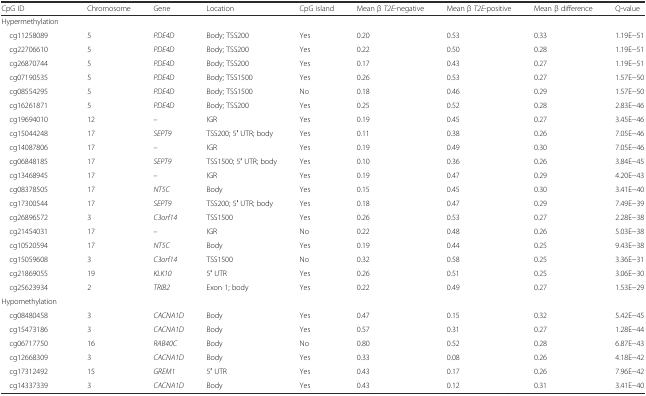
<table><thead><tr><td colspan="2"><b>CpG ID</b></td><td><b>Chromosome</b></td><td><b>Gene</b></td><td><b>Location</b></td><td><b>CpG island</b></td><td><b>Mean β <i>T2E</i>-negative</b></td><td><b>Mean β <i>T2E</i>-positive</b></td><td><b>Mean β difference</b></td><td><b>Q-value</b></td></tr></thead><tbody><tr><td colspan="10">Hypermethylation</td></tr><tr><td colspan="2"> cg11258089</td><td>5</td><td><i>PDE4D</i></td><td>Body; TSS200</td><td>Yes</td><td>0.20</td><td>0.53</td><td>0.33</td><td>1.19E−51</td></tr><tr><td colspan="2"> cg22706610</td><td>5</td><td><i>PDE4D</i></td><td>Body; TSS200</td><td>Yes</td><td>0.22</td><td>0.50</td><td>0.28</td><td>1.19E−51</td></tr><tr><td colspan="2"> cg26870744</td><td>5</td><td><i>PDE4D</i></td><td>Body; TSS200</td><td>Yes</td><td>0.17</td><td>0.43</td><td>0.27</td><td>1.19E−51</td></tr><tr><td colspan="2"> cg07190535</td><td>5</td><td><i>PDE4D</i></td><td>Body; TSS1500</td><td>Yes</td><td>0.26</td><td>0.53</td><td>0.27</td><td>1.57E−50</td></tr><tr><td colspan="2"> cg08554295</td><td>5</td><td><i>PDE4D</i></td><td>Body; TSS1500</td><td>No</td><td>0.18</td><td>0.46</td><td>0.29</td><td>1.57E−50</td></tr><tr><td colspan="2"> cg16261871</td><td>5</td><td><i>PDE4D</i></td><td>Body; TSS200</td><td>Yes</td><td>0.25</td><td>0.52</td><td>0.28</td><td>2.83E−46</td></tr><tr><td colspan="2"> cg19694010</td><td>12</td><td>–</td><td>IGR</td><td>Yes</td><td>0.19</td><td>0.45</td><td>0.27</td><td>3.45E−46</td></tr><tr><td colspan="2"> cg15044248</td><td>17</td><td><i>SEPT9</i></td><td>TSS200; 5′ UTR; body</td><td>Yes</td><td>0.11</td><td>0.38</td><td>0.26</td><td>7.05E−46</td></tr><tr><td colspan="2"> cg14087806</td><td>17</td><td>–</td><td>IGR</td><td>Yes</td><td>0.19</td><td>0.49</td><td>0.30</td><td>7.05E−46</td></tr><tr><td colspan="2"> cg06848185</td><td>17</td><td><i>SEPT9</i></td><td>TSS1500; 5′ UTR; body</td><td>Yes</td><td>0.10</td><td>0.36</td><td>0.26</td><td>3.84E−45</td></tr><tr><td colspan="2"> cg13468945</td><td>17</td><td>–</td><td>IGR</td><td>Yes</td><td>0.19</td><td>0.47</td><td>0.29</td><td>4.20E−43</td></tr><tr><td colspan="2"> cg08378505</td><td>17</td><td><i>NT5C</i></td><td>Body</td><td>Yes</td><td>0.15</td><td>0.45</td><td>0.30</td><td>3.41E−40</td></tr><tr><td colspan="2"> cg17300544</td><td>17</td><td><i>SEPT9</i></td><td>TSS200; 5′ UTR; body</td><td>Yes</td><td>0.18</td><td>0.47</td><td>0.29</td><td>7.49E−39</td></tr><tr><td colspan="2"> cg26896572</td><td>3</td><td><i>C3orf14</i></td><td>TSS1500</td><td>Yes</td><td>0.26</td><td>0.53</td><td>0.27</td><td>2.28E−38</td></tr><tr><td colspan="2"> cg21454031</td><td>17</td><td>–</td><td>IGR</td><td>No</td><td>0.22</td><td>0.48</td><td>0.26</td><td>5.03E−38</td></tr><tr><td colspan="2"> cg10520594</td><td>17</td><td><i>NT5C</i></td><td>Body</td><td>Yes</td><td>0.19</td><td>0.44</td><td>0.25</td><td>9.43E−38</td></tr><tr><td colspan="2"> cg15059608</td><td>3</td><td><i>C3orf14</i></td><td>TSS1500</td><td>No</td><td>0.32</td><td>0.58</td><td>0.25</td><td>3.36E−31</td></tr><tr><td colspan="2"> cg21869055</td><td>19</td><td><i>KLK10</i></td><td>5′ UTR</td><td>Yes</td><td>0.26</td><td>0.51</td><td>0.25</td><td>3.06E−30</td></tr><tr><td colspan="2"> cg25623934</td><td>2</td><td><i>TRIB2</i></td><td>Exon 1; body</td><td>Yes</td><td>0.22</td><td>0.49</td><td>0.27</td><td>1.53E−29</td></tr><tr><td colspan="10">Hypomethylation</td></tr><tr><td colspan="2"> cg08480458</td><td>3</td><td><i>CACNA1D</i></td><td>Body</td><td>Yes</td><td>0.47</td><td>0.15</td><td>0.32</td><td>5.42E−45</td></tr><tr><td colspan="2"> cg15473186</td><td>3</td><td><i>CACNA1D</i></td><td>Body</td><td>Yes</td><td>0.57</td><td>0.31</td><td>0.27</td><td>1.28E−44</td></tr><tr><td colspan="2"> cg06717750</td><td>16</td><td><i>RAB40C</i></td><td>Body</td><td>No</td><td>0.80</td><td>0.52</td><td>0.28</td><td>6.87E−43</td></tr><tr><td colspan="2"> cg12668309</td><td>3</td><td><i>CACNA1D</i></td><td>Body</td><td>Yes</td><td>0.33</td><td>0.08</td><td>0.26</td><td>4.18E−42</td></tr><tr><td colspan="2"> cg17312492</td><td>15</td><td><i>GREM1</i></td><td>5′ UTR</td><td>Yes</td><td>0.43</td><td>0.17</td><td>0.26</td><td>7.96E−42</td></tr><tr><td colspan="2"> cg14337339</td><td>3</td><td><i>CACNA1D</i></td><td>Body</td><td>Yes</td><td>0.43</td><td>0.12</td><td>0.31</td><td>3.41E−40</td></tr></tbody></table>